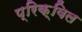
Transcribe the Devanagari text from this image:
प्रिक़्विल